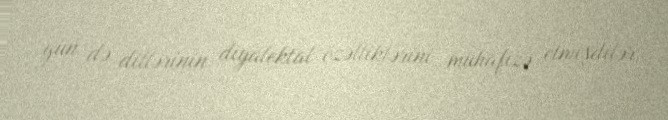
gün də dillərinin diyalektal özəlliklərini mühafizə etmişdilər.